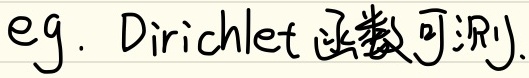
eg. Dirichlet函数可测.